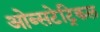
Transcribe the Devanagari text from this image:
ओब्सटेट्रिकल